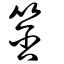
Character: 筨